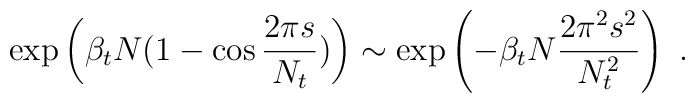
\exp \left(\beta_t N(1-\cos {2\pi s\over N_t})\right) \sim \exp\left(-\beta_t N {2 \pi^2 s^2\over N_{t}^2}\right)~.